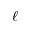
\ell